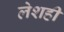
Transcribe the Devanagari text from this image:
लेशही